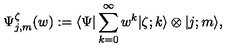
\Psi _ { j , m } ^ { \zeta } ( w ) : = \langle \Psi \vert \sum _ { k = 0 } ^ { \infty } w ^ { k } \vert \zeta ; k \rangle \otimes \vert j ; m \rangle ,